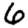
Digit: 6